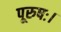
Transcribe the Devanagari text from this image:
पूरुषः।